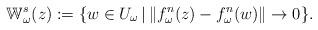
LaTeX: \begin{align*}\mathbb W^s_\omega(z):=\{w\in U_\omega\,|\,\Vert f^n_\omega(z)-f^n_\omega(w)\Vert\to 0\}.\end{align*}